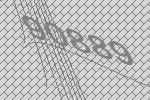
90889